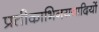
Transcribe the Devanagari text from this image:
प्रतीकाभिनयवादियों